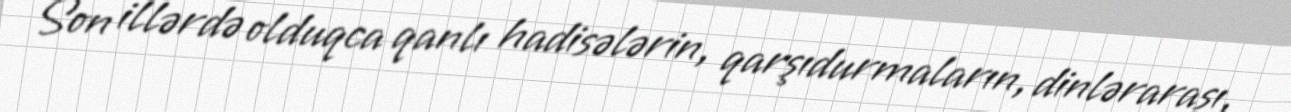
Son illərdə olduqca qanlı hadisələrin, qarşıdurmaların, dinlərarası,